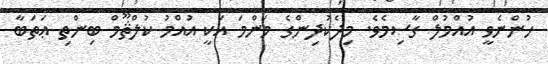
ހުންނެވީ އުއްމުލް ގާސިމެވެ. މިދެކުދިންގެ މަންމަ އަކީ އުއްމު ކުލްޘޫމް ބިންތި ޢަތަބާ